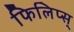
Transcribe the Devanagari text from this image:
फिलिप्स्